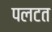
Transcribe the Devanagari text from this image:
पलटत